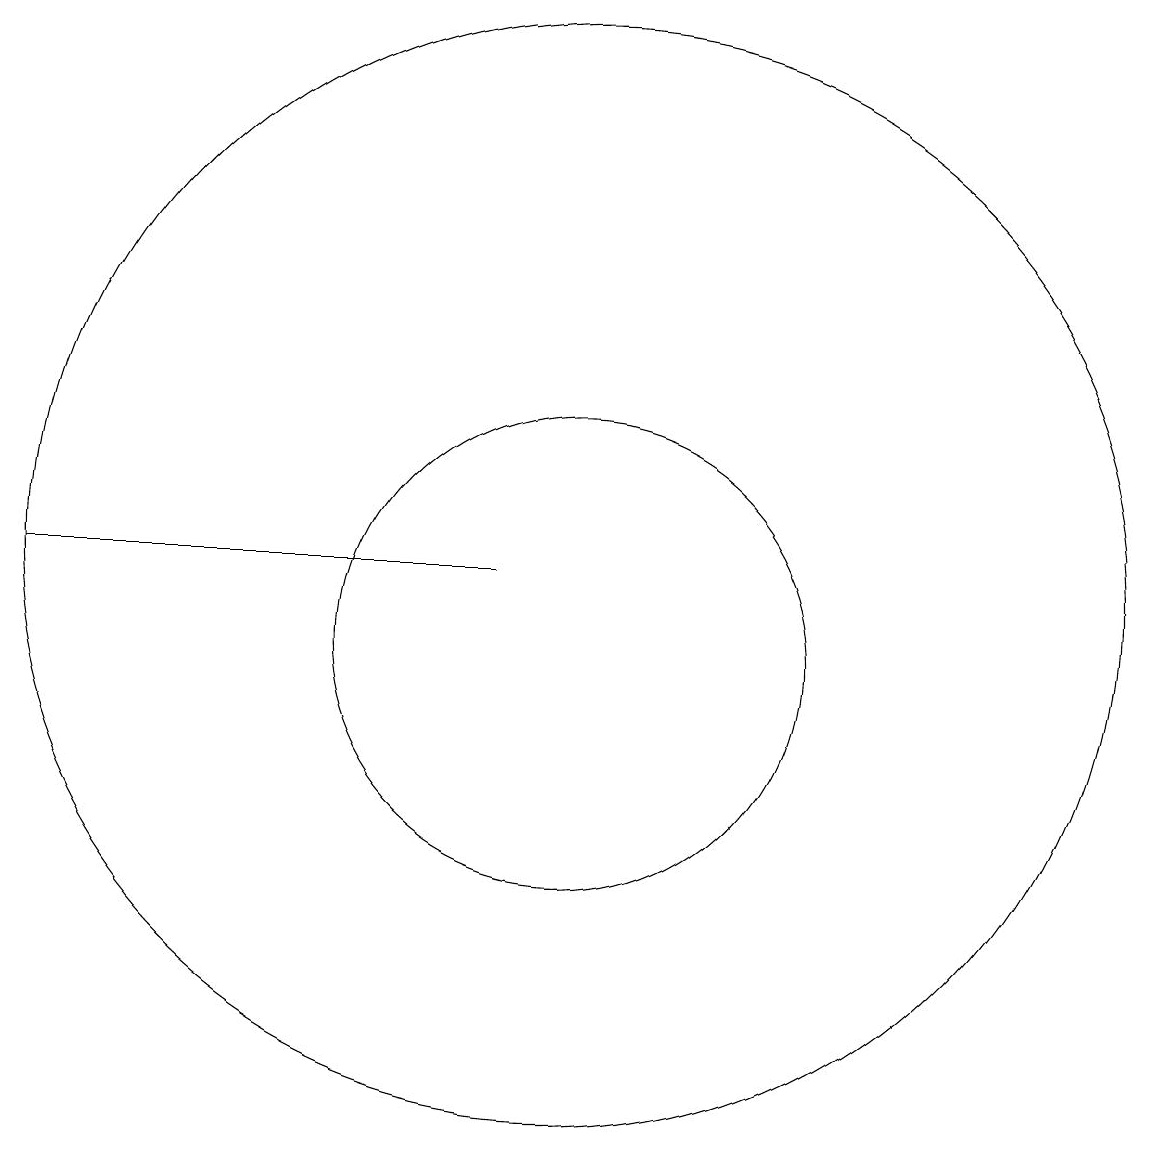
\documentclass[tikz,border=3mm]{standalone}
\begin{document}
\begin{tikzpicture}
\draw (10,11) circle (7);
\draw (10,10) circle (3);
\draw (3,11) rectangle (9,11);
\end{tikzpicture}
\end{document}